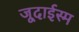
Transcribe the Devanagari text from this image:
जूदाईस्म